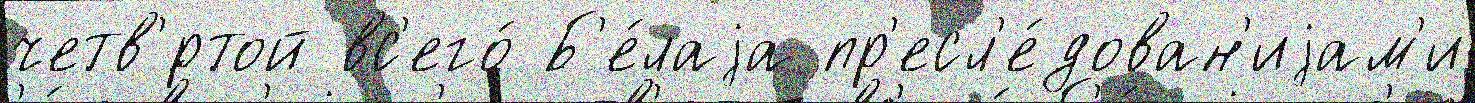
четв'́ртой вс'его́ Б'е́лаjа пр'есл'е́дован'иjам'и